Calcutta medical institutions reports 1871-78
Year: 1871
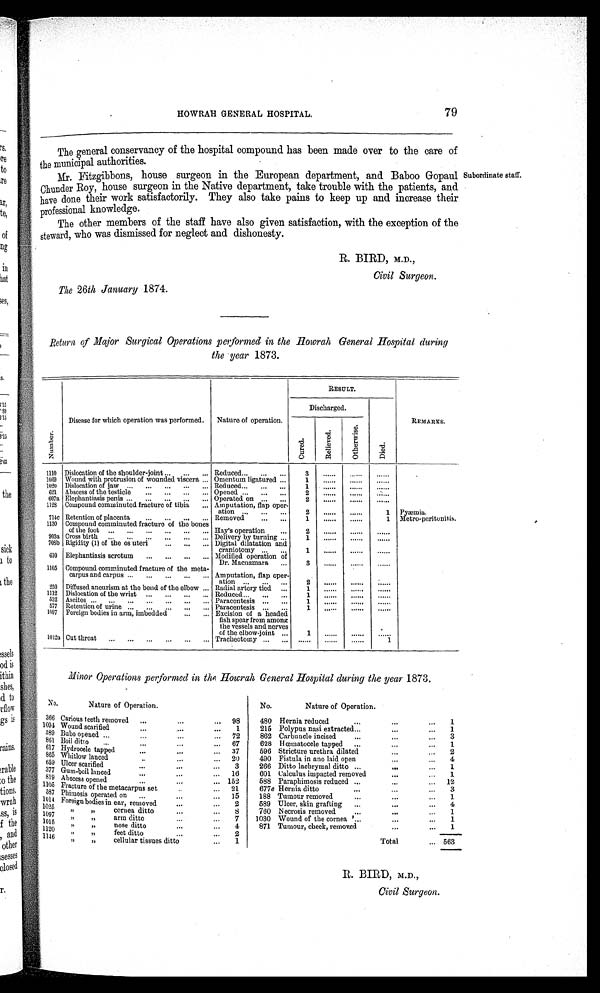
HOWRAH GENERAL HOSPITAL.
79
The general conservancy of the hospital compound has been made over to the care of
the municipal authorities.
Mr. Fitzgibbons, house surgeon in the European department, and Baboo Gopaul
Chunder Roy, house surgeon in the Native department, take trouble with the patients, and
have done their work satisfactorily. They also take pains to keep up and increase their
professional knowledge.
The other members of the staff have also given satisfaction, with the exception of the
steward, who was dismissed for neglect and dishonesty.
R. BIRD, M.D.,
Civil Surgeon.
The 26th January 1874.
Subordinate staff.
Return of Major Surgical Operations performed in the Howrah General Hospital during
the year 1873.
N u m b e r .
Disease for which operation was performed.
Nature of operation.
RESULT.
REMARKS.
Discharged.
D i e d .
O t h e r w i s e .
C u r e d .
R e l i e v e d .
1110 Dislocation of the shoulder-joint
Reduced
3
......
............
.
1069
Wound with protrusion of wounded. viscera
Omentum ligatured
1 ......
............
1 0 2 0 Dislocation of jaw
Reduced
1 ......
............
621 Abscess of the testicle
Opened
2
. . . . . .
......
. . . . . .
607a Elephantiasis penis
Operated. on
2
. . . . . .
......
. . . . . .
1128 Compound comminuted fracture of tibia
Amputation, flap oper-
ation
2
. . . . . .
. . . . . .
1 Pyæmia.
711c Retention of placenta
Removed
1
. . . . . . ......
1 Metro-peritonitis.
1130 Compound comminuted fracture of the bones
of the foot
Hay's operation
2
. . . . . . ......
. . . . . .
903a Cross birth
Delivery by turning
1
. . . . . . ......
. . . . . .
708b Rigidity (1) of the os uteri
Digital dilatation and
craniotomy
1
. . . . . . ......
. . . . . .
610 Elephantiasis scrotum
Modified operation of
Dr. Macnamara
3
. . . . . . ......
. . . . . .
1105 Compound comminuted fracture of the meta-
carpus and carpus
Amputation., flap oper-
atio
2
. . . . . . ......
. . . . . .
250 Diffused aneurism at the bend of the elbow
Radial artery tied
1
. . . . . . ......
. . . . . .
1112 Dislocation of the wrist
Reduced
1
. . . . . . ......
. . . . . .
332 Ascites
Paracentesis
1
. . . . . . ......
. . . . . .
577 Retention of urine
Paracentesis
1
. . . . . . ......
. . . . . .
1097 Foreign bodies in arm, imbedded
Excision of a headed
fish spear from among
the vessels and nerves
of the elbow-joint
1
. . . . . .
......
. . . . . .
.
10123 Cut throat
Tracheotomy
. . . . . .
. . . . . .
......
1
Minor Operations performed in the Howrah General Hospital during the year 1873.
No.
Nature of Operation.
No.
Nature of Operation.
366 Carious teeth removed
...
98
480 Hernia reduced
...
...
1
1091 Wound scarified
...
1
215 Polypus nasi extracted
... ...
1
589 Bubo opened
...
72
862 Carbuncle incised
... ...
3
861 Boil ditto
...
67
628 Hœmatocele tapped
... ...
1
617 Hydrocele tapped
...
37
596 Stricture urethra dilated
... ...
2
865 Whitlow lanced
...
20
490 Fistula in ano laid open
... ...
4
659 Ulcer scarified
...
3
266 Ditto lachrymal ditto
... ...
1
377 Gum-boil lanced
...
16
601 Calculus impacted removed
...
...
1
819 Abscess opened
...
152
588 Paraphimosis reduced
... ...
12
1105 Fracture of the metacarpus set
...
21
677 e Hernia ditto
... ...
3
587 Phimosis operated
...
15
188 Tumour remov
... ...
1
1014
Foreign bodies in ear, removed
...
2
589 Ulcer, skin grafting
... ...
4
1025
" " cor nea d i t t o
...
8
760
...
Necrosis removed
... ...
1
1097
" " arm ditto
...
7
1030 Wound of the cornea
... ...
1
1120
" "
nose ditto
...
4
871 Tumour, cheek, removed
... ...
1
1146
" " feet ditto
...
2
"
"
cellular tissues ditto
...
1
Total
... 563
R. BIRD, M.D.,
Civil Surgeon.